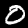
Label: 0